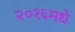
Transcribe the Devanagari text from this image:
२०१६मधे